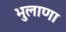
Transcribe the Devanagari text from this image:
भुलाणा